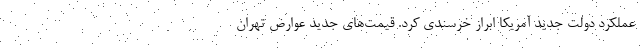
عملکرد دولت جدید آمریکا ابراز خرسندی کرد. قیمت‌های جدید عوارض تهران